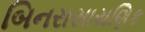
બિનરાસાયણિક